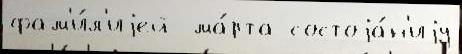
фам'и́л'иjей  ма́рта состоjа́н'иjу